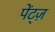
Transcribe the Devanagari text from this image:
पेंट्ज़